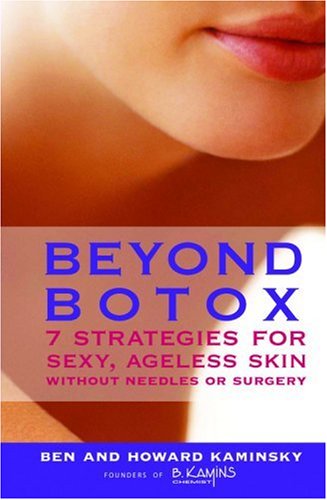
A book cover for Beyond Botox: 7 Strategies for Sexy, Ageless Skin Without Needles or Surgery; Ben Kaminsky; Health, Fitness & Dieting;